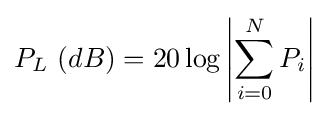
P_{L}~(dB)=20\log \left|\sum _{i=0}^{N}P_{i}\right|